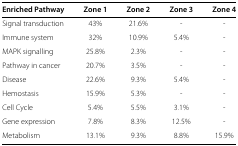
<table><thead><tr><td><b>Enriched Pathway</b></td><td><b>Zone 1</b></td><td><b>Zone 2</b></td><td><b>Zone 3</b></td><td><b>Zone 4</b></td></tr></thead><tbody><tr><td>Signal transduction</td><td>43<i>%</i></td><td>21.6<i>%</i></td><td>-</td><td>-</td></tr><tr><td>Immune system</td><td>32<i>%</i></td><td>10.9<i>%</i></td><td>5.4<i>%</i></td><td>-</td></tr><tr><td>MAPK signalling</td><td>25.8<i>%</i></td><td>2.3<i>%</i></td><td>-</td><td>-</td></tr><tr><td>Pathway in cancer</td><td>20.7<i>%</i></td><td>3.5<i>%</i></td><td>-</td><td>-</td></tr><tr><td>Disease</td><td>22.6<i>%</i></td><td>9.3<i>%</i></td><td>5.4<i>%</i></td><td>-</td></tr><tr><td>Hemostasis</td><td>15.9<i>%</i></td><td>5.3<i>%</i></td><td>-</td><td>-</td></tr><tr><td>Cell Cycle</td><td>5.4<i>%</i></td><td>5.5<i>%</i></td><td>3.1<i>%</i></td><td>-</td></tr><tr><td>Gene expression</td><td>7.8<i>%</i></td><td>8.3<i>%</i></td><td>12.5<i>%</i></td><td>-</td></tr><tr><td>Metabolism</td><td>13.1<i>%</i></td><td>9.3<i>%</i></td><td>8.8<i>%</i></td><td>15.9<i>%</i></td></tr></tbody></table>